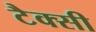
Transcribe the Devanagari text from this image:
टैक्सी